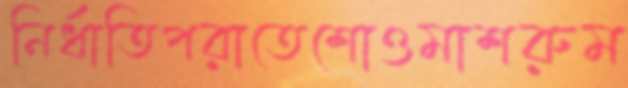
নির্ধাতিপরাতেশোওমাশরুম